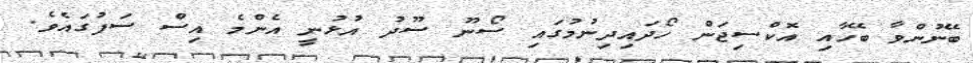
ބޭނުންވާ ބޭހާއި އޮކްސިޖަން ހޯދައިދިނުމުގައި ސޯނޫ ސޫދު އުޅުނީ އެންމެ އިސް ސަފުގައެވެ.